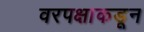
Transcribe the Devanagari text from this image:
वरपक्षाकडून